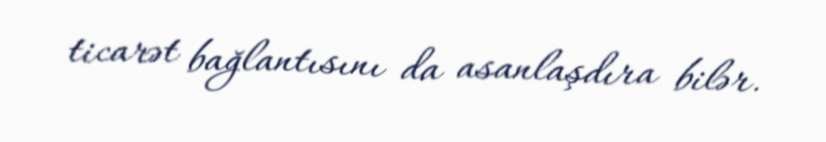
ticarət bağlantısını da asanlaşdıra bilər.